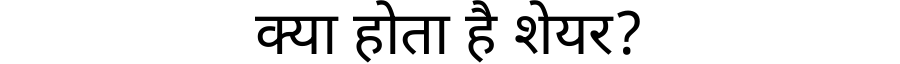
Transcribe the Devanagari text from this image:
क्या होता है शेयर?